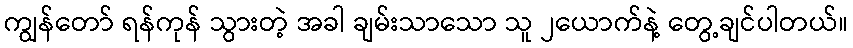
ကျွန်တော် ရန်ကုန် သွားတဲ့ အခါ ချမ်းသာသော သူ ၂ယောက်နဲ့ တွေ့ချင်ပါတယ်။